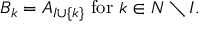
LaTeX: B _ { k } = A _ { I \cup \{ k \} } { \mathrm { ~ f o r ~ } } k \in N \setminus I .